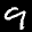
Label: 9